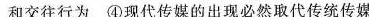
和交往行为④现代传媒的出现必然取代传统传媒